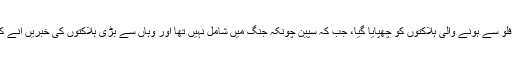
اس وقت جنگ کی صورتِ حال کی وجہ سے یورپ کے بیشتر حصوں میں اس فلو سے ہونے والی ہلاکتوں کو چھپایا گیا، جب کہ سپین چونکہ جنگ میں شامل نہیں تھا اور وہاں سے بڑی ہلاکتوں کی خبریں آنے کے بعد یہ تاثر ملا جیسے اس بیماری نے خاص طور پر سپین کو ہدف بنایا ہے۔